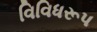
વિવિધરૂપ